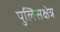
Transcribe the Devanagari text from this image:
पुलिसक्षेत्र